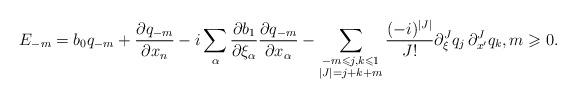
LaTeX: \begin{align*} E_{-m}= b_0q_{-m}+\frac{\partial q_{-m}}{\partial x_n} - i\sum_\alpha\frac{\partial b_1}{\partial \xi_\alpha}\frac{\partial q_{-m}}{\partial x_\alpha} - \sum_{\substack{-m \leqslant j,k \leqslant 1 \\ |J| = j + k + m}} \frac{(-i)^{|J|}}{J !} \partial_{\xi}^{J} q_j\, \partial_{x^\prime}^{J} q_k, m \geqslant 0. \end{align*}